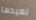
نعيدها